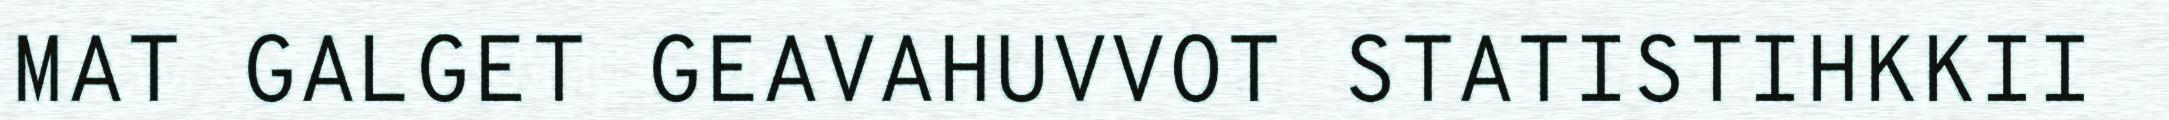
MAT GALGET GEAVAHUVVOT STATISTIHKKII